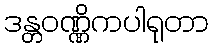
ဒန္တဝဏ္ဏိကပါရုတာ